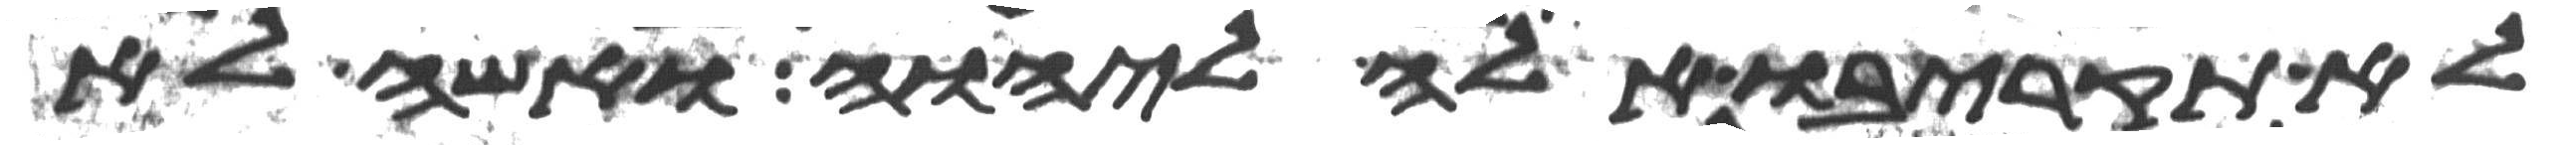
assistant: לא תקריבו אלה ליהוה ואשה לא